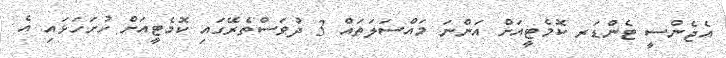
އެޖެންސީ ޓެންޑަރ ކޮމެޓީއަށް އަންނަ މައްސަލަތައް 3 ދުވަސްތެރޭގައި ކޮމެޓީއަށް ހުށަހަޅައި އެ